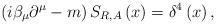
LaTeX: \begin{align*}\left( i\beta _{\mu }\partial ^{\mu }-m\right) S_{R,A}\left( x\right)=\delta ^{4}\left( x\right) , \end{align*}